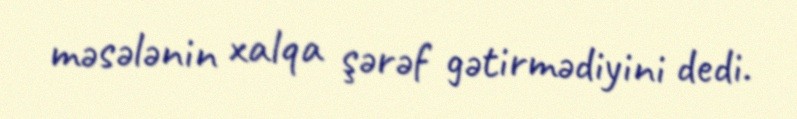
məsələnin xalqa şərəf gətirmədiyini dedi.